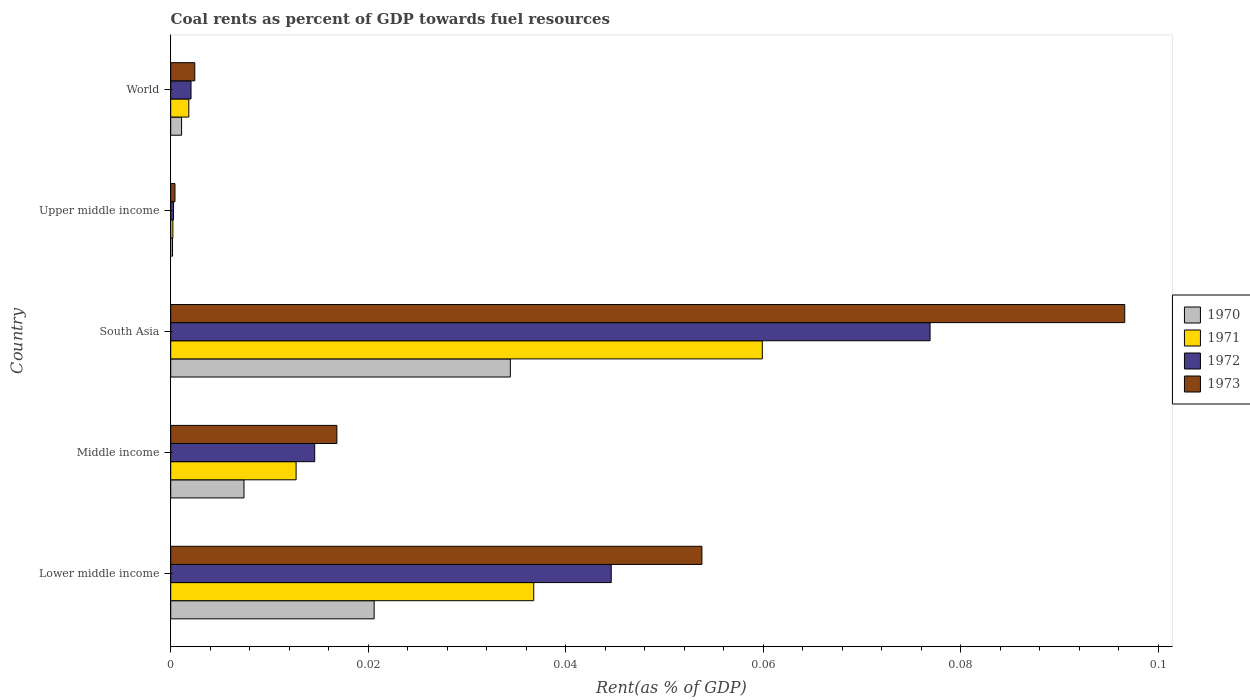
| Country | 1970 | 1971 | 1972 | 1973 |
 | --- | --- | --- | --- | --- |
 | Lower middle income | 0.0206 | 0.0368 | 0.0446 | 0.0538 |
 | Middle income | 0.00742 | 0.0127 | 0.0146 | 0.0168 |
 | South Asia | 0.0344 | 0.0599 | 0.0769 | 0.0966 |
 | Upper middle income | 0.000184 | 0.000219 | 0.000284 | 0.000431 |
 | World | 0.0011 | 0.00183 | 0.00206 | 0.00244 |